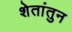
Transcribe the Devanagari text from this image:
शेतांतुन